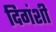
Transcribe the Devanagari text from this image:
दिगंशी